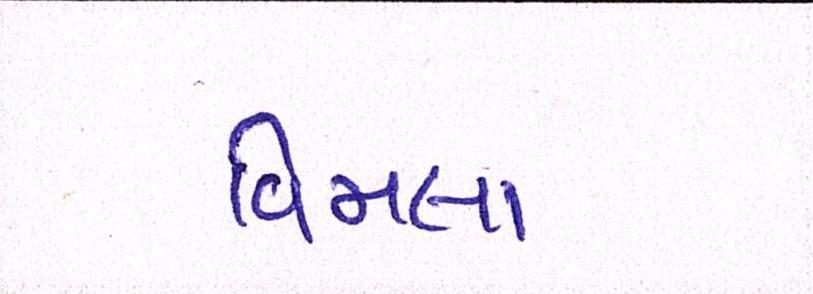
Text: વિમલા